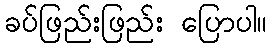
ခပ်ဖြည်းဖြည်း ပြောပါ။